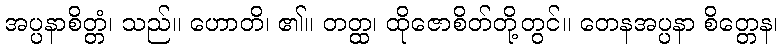
အပ္ပနာစိတ္တံ၊ သည်။ ဟောတိ၊ ၏။ တတ္ထ၊ ထိုဇောစိတ်တို့တွင်။ တေနအပ္ပနာ စိတ္တေန၊